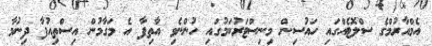
އެމްއާރުމްގެ ސްލޮޓެއްގައި ހައުސިން މިނިސްޓަރުކަމުގައި ހުންނެވި އާތިފާ އެ މަގާމުން އިސްތިއުފާ ދިނުމާ